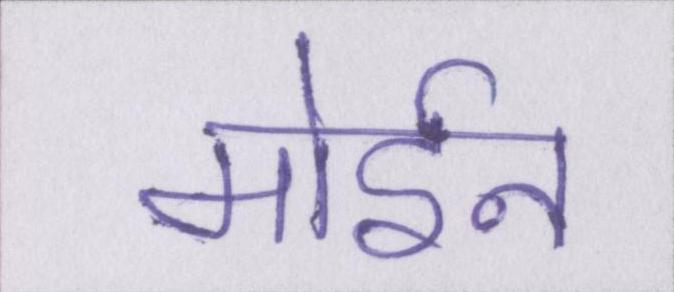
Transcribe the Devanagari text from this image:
मोईन